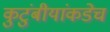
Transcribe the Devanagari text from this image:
कुटुंबीयांकडेच